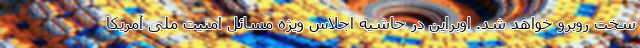
سخت روبرو خواهد شد. اوبراین در حاشیه اجلاس ویژه مسائل امنیت ملی آمریکا